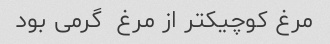
مرغ کوچیکتر از مرغ  گرمی بود